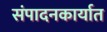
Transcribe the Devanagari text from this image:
संपादनकार्यात